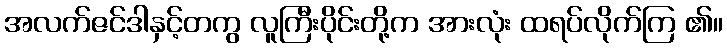
အလက်ဇင်ဒါနှင့်တကွ လူကြီးပိုင်းတို့က အားလုံး ထရပ်လိုက်ကြ ၏။